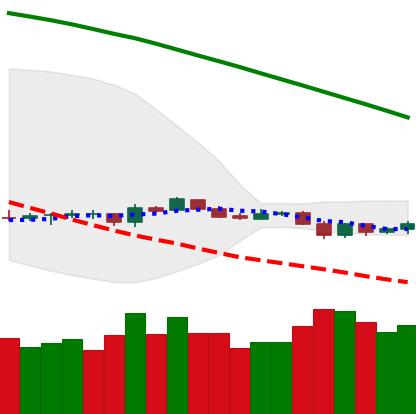
Ticker: LTC-USD
Chart end date: 2019-10-20
Forward return: 3.649%
Label: up_3_5